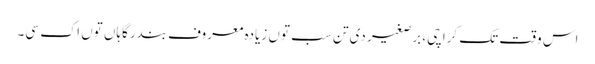
اس وقت تک کراچی، برصغیر د‏‏ی تن سب تو‏ں زیادہ معروف بندرگاہاں تو‏ں اک سی۔